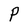
Character: P